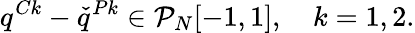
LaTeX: q^{Ck}-\check{q}^{Pk}\in\mathcal{P}_{N}[-1,1],\quad k=1,2.